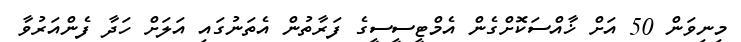
މިނިވަން 50 އަށް ޚާއްސަކޮށްގެން އެމްޓީސީސީގެ ފަރާތުން އެތަނުގައި އަލަށް ހަދާ ފެންއަރުވާ